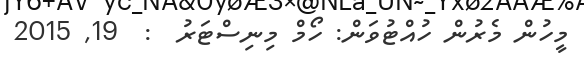
މީހުން މެރުން ހުއްޓުވަން: ހޯމް މިނިސްޓަރު  :  19